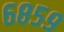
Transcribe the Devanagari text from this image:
६८५९